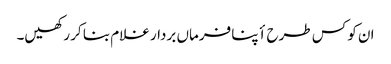
ان کو کس طرح أپنا فرماں بردار غلام بنا کر رکھیں۔